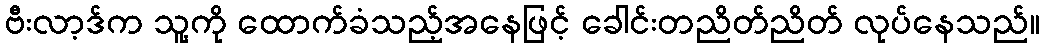
ဗီးလာ့ဒ်က သူ့ကို ထောက်ခံသည့်အနေဖြင့် ခေါင်းတညိတ်ညိတ် လုပ်နေသည်။